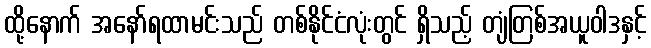
ထို့နောက် အနော်ရထာမင်းသည် တစ်နိုင်ငံလုံးတွင် ရှိသည့် တျံတြစ်အယူဝါဒနှင့်